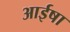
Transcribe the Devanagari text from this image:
आईषा